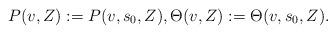
LaTeX: \begin{align*}P(v,Z):=P(v,s_0,Z), \Theta(v,Z):=\Theta(v,s_0,Z).\end{align*}